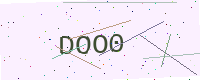
Text: DOO0